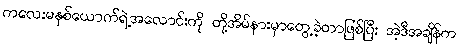
ကလေးမနှစ်ယောက်ရဲ့အလောင်းကို တို့အိမ်နားမှာတွေ့ခဲ့တာဖြစ်ပြီး အဲ့ဒီအချိန်က